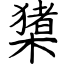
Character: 橥